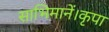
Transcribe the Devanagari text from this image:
साभिमानें।कृपा